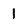
Character: 1